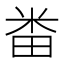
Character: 畨